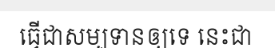
ធ្វើជាសម្បទានឲ្យទេ នេះជា